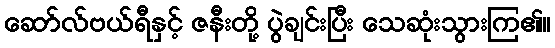
ဆော်လ်ဗယ်ရီနှင့် ဇနီးတို့ ပွဲချင်းပြီး သေဆုံးသွားကြ၏။